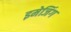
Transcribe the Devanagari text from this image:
इमेजिंग